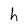
Character: h